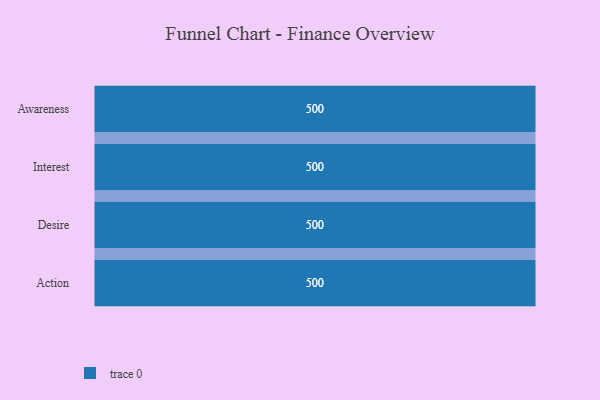
{"axis": {"x": "Stage", "y": "Value"}, "legend": [""], "data": [{"x": "Awareness", "y": 500, "type": ""}, {"x": "Interest", "y": 500, "type": ""}, {"x": "Desire", "y": 500, "type": ""}, {"x": "Action", "y": 500, "type": ""}]}